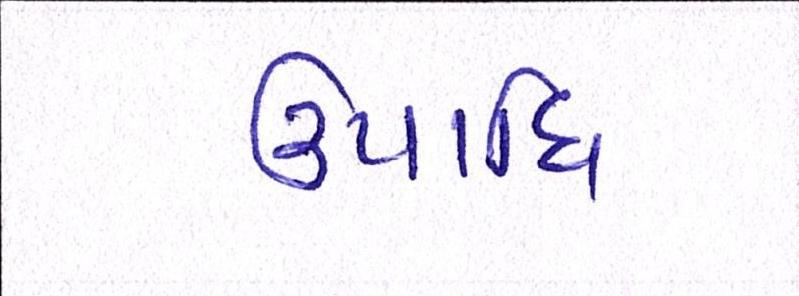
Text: ઉપાધિ